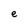
Character: e